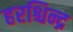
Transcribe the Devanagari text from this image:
हरश्चिन्द्र